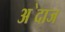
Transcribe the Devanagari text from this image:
अ॓दाज